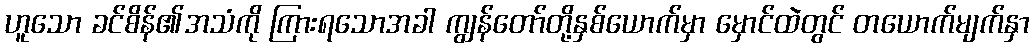
ဟူသော ခင်စိန်၏အသံကို ကြားရသောအခါ ကျွန်တော်တို့နှစ်ယောက်မှာ မှောင်ထဲတွင် တယောက်မျက်နှာ